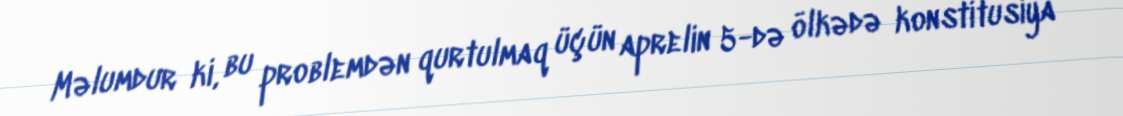
Məlumdur ki, bu problemdən qurtulmaq üçün aprelin 5-də ölkədə konstitusiya